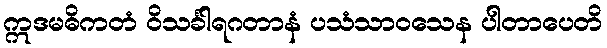
ဣဒမဓိကတံ ဝိသင်္ခါရဂတာနံ ပသံသာဝသေန ပါတာပေတိ